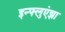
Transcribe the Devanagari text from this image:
इन्‍फ्लुएंझा